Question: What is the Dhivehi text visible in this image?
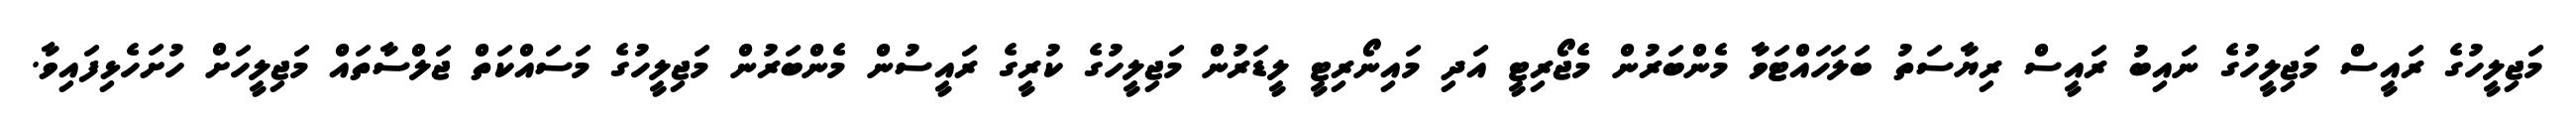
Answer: މަޖިލީހުގެ ރައީސް މަޖިލީހުގެ ނައިބު ރައީސް ރިޔާސަތު ބަލަހައްޓަވާ މެންބަރުން މެޖޯރިޓީ އަދި މައިނޯރިޓީ ލީޑަރުން މަޖިލީހުގެ ކުރީގެ ރައީސުން މެންބަރުން މަޖިލީހުގެ މަސައްކަތް ޖަލްސާތައް މަޖިލީހަށް ހުށަހެޅިފައިވާ.